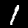
Digit: 1